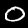
Digit: 0